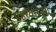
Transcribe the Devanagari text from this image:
गहरवारपुरा